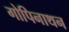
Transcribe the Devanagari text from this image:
गोपिनाथन